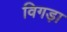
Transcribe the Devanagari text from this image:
विगड़ा